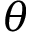
\theta